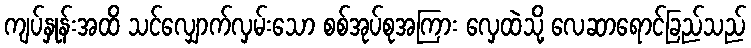
ကျပ်နှုန်းအထိ သင်လျှောက်လှမ်းသော စစ်အုပ်စုအကြား လှေထဲသို့ လေဆာရောင်ခြည်သည်